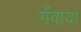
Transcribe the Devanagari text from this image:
गँवाया